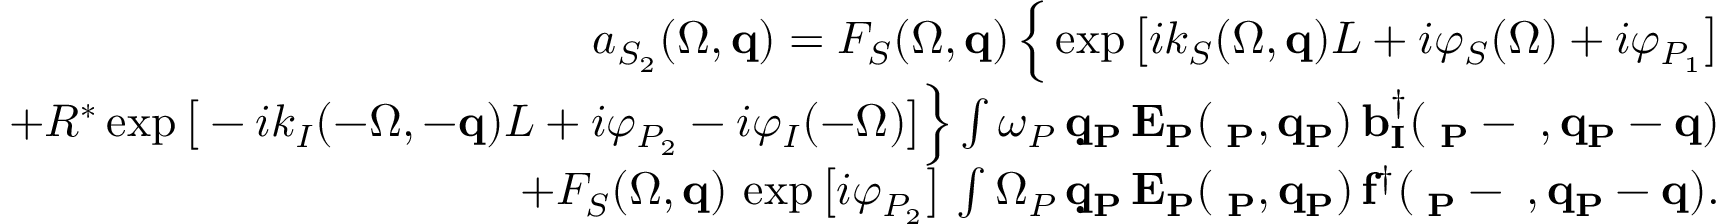
\begin{array} { r l r } & { } & { a _ { S _ { 2 } } ( \Omega , { \bf q } ) = F _ { S } ( \Omega , { \bf q } ) \, \Big \{ \exp \big [ i k _ { S } ( \Omega , { \bf q } ) L + i \varphi _ { S } ( \Omega ) + i \varphi _ { P _ { 1 } } \big ] } \\ & { } & { + R ^ { * } \exp \big [ - i k _ { I } ( - \Omega , - { \bf q } ) L + i \varphi _ { P _ { 2 } } - i \varphi _ { I } ( - \Omega ) \big ] \Big \} \int \d \omega _ { P } \, \d { \bf q } _ { P } \, E _ { P } ( \Omega _ { P } , { \bf q } _ { P } ) \, b _ { I } ^ { \dagger } ( \Omega _ { P } - \Omega , { \bf q } _ { P } - { \bf q } ) } \\ & { } & { + F _ { S } ( \Omega , { \bf q } ) \, \exp \big [ i \varphi _ { P _ { 2 } } \big ] \, \int \d \Omega _ { P } \, \d { \bf q } _ { P } \, E _ { P } ( \Omega _ { P } , { \bf q } _ { P } ) \, f ^ { \dagger } ( \Omega _ { P } - \Omega , { \bf q } _ { P } - { \bf q } ) . } \end{array}